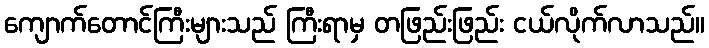
ကျောက်တောင်ကြီးများသည် ကြီးရာမှ တဖြည်းဖြည်း ငယ်လိုက်လာသည်။